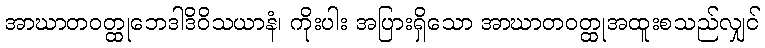
အာဃာတဝတ္ထုဘေဒါဒိဝိသယာနံ၊ ကိုးပါး အပြားရှိသော အာဃာတဝတ္ထုအထူးစသည်လျှင်